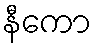
နီကော